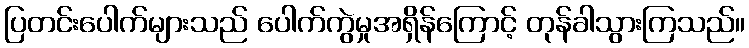
ပြတင်းပေါက်များသည် ပေါက်ကွဲမှုအရှိန်ကြောင့် တုန်ခါသွားကြသည်။